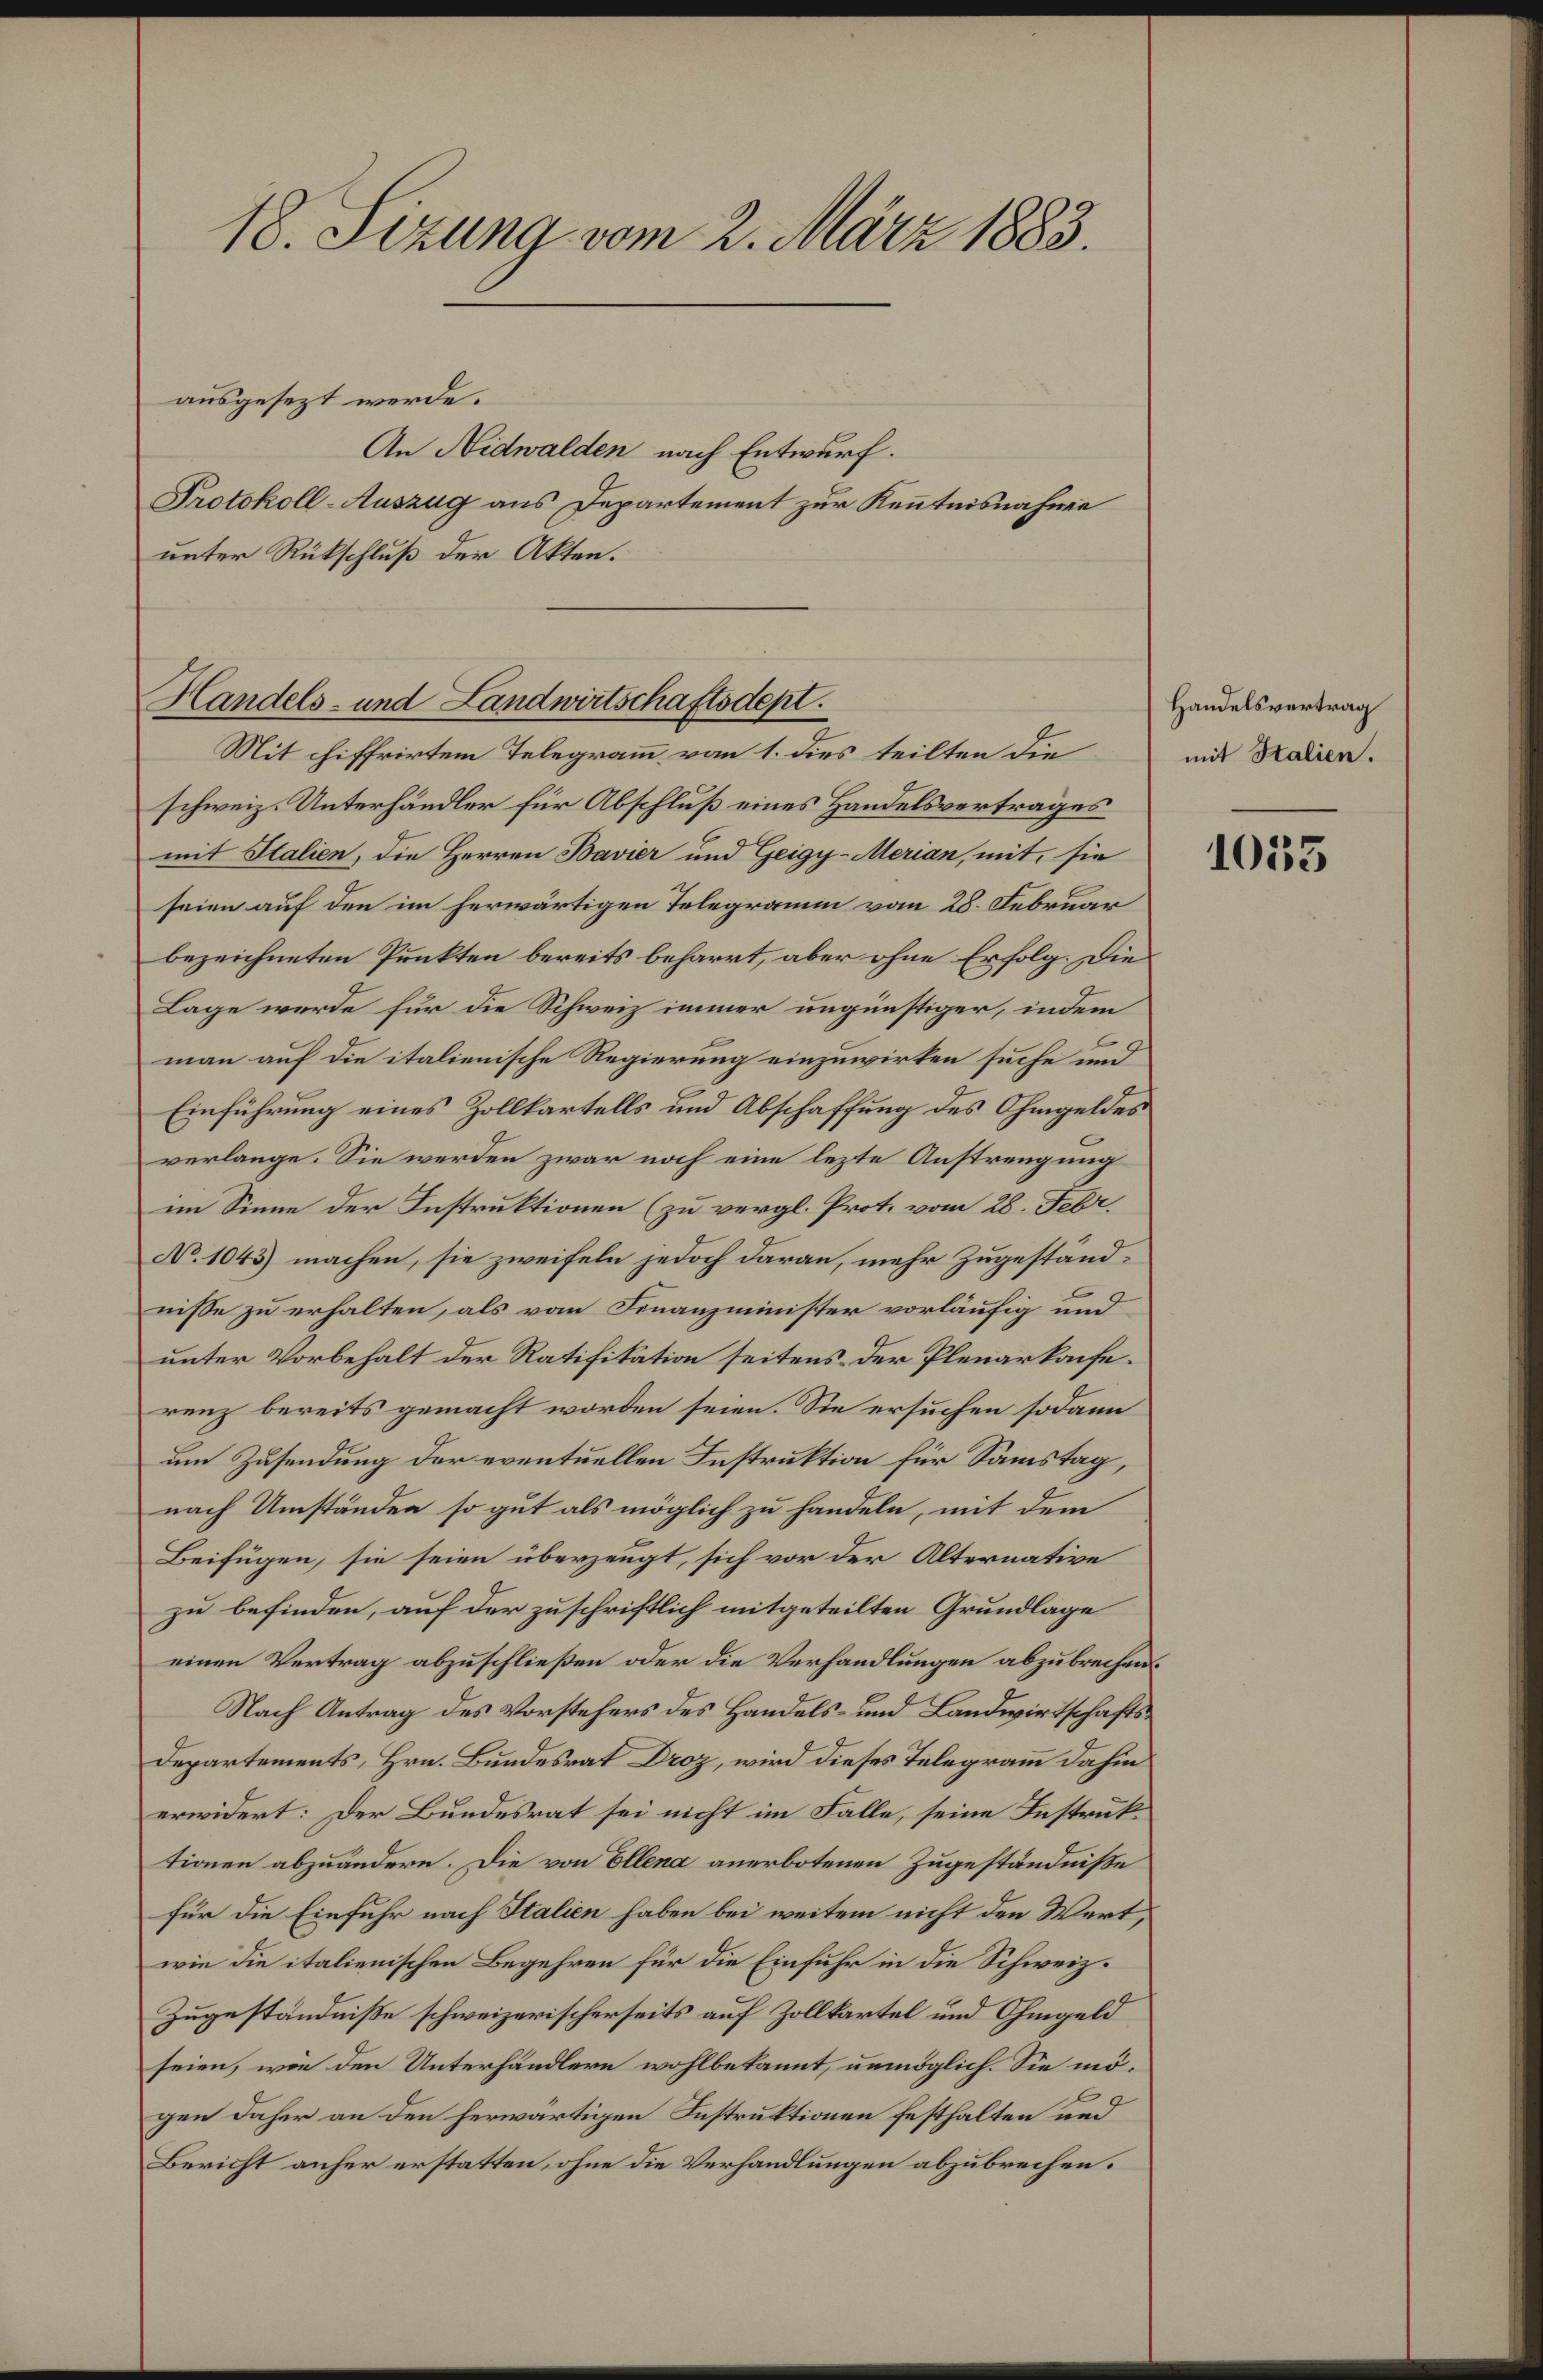
18. Sizung vom 2. März 1883.

An Nidwalden nach Entwurf.
Protokoll-Auszug aus Departement zur Kenntnisnahme
unter Rückschluß der Akten.

ausgesezt werde.

Handels- und Landwirtschaftsdept.
Mit chiffrirtem Telegramm vom 1. dies teilten die

schweiz. Unterhändler für Abschluß eines Handelsvertrages
mit Stalien, die Herren Bavier und Geigy-Merian, mit, sie
seien auf den im herwärtigen Telegramm vom 28. Februar
bezeichneten Punkten bereits beharrt, aber ohne Erfolg. Die
Lage werde für die Schweiz immer ungünstiger, indem
man auf die italienische Regierung einzuwirken suche und
Einführung eines Zollkartells und Abschaffung des Ohmgeldes
verlange. Sie werden zwar noch eine lezte Anstrengung
im Sinne der Instruktionen (zu vergl. Prot. vom 28. Febr.
No. 1043) machen, sie zweifeln jedoch daran, mehr Zugestandnisse zu erhalten, als vom Finanzminister vorläufig und
unter Vorbehalt der Ratifikation seitens der Plenarkauferenz bereits gemacht worden seien. Sie ersuchen sodann
um Zusendung der eventuellen Instruktion für Samstag,
nach Umständen so gut als möglich zu handeln, mit dem
Beifügen, sie seien überzeugt, sich vor der Alternative
zu befinden, auf der zuschriftlich mitgeteilten Grundlage
einen Vertrag abzuschließen oder die Verhandlungen abzubrechen.
Nach Antrag des Vorstehers des Handels- und Landwirtschafts¬
Departements, Hrn. Bundesrat Droz, wird dieses Telegramm dahin
erwidert: Der Bundesrat sei nicht im Falle, seine Instruktionen abzuändern. Die von Ellena anerbotenen Zugeständniße
für die Einfuhr nach Stalien haben bei weitem nicht den Wert,
wie die italienischen Begehren für die Einfuhr in die Schweiz.
Zugeständniße schweizerischerseits auf Zollkartel und Ohmgeld
seien, wo den Unterhändlern wohlbekannt, unmöglich. Sie mögen daher an den herwärtigen Instruktionen festhalten und
Bericht anher erstatten, ohne die Verhandlungen abzubrechen.

Handelsvertrag
mit Stalien.

1055